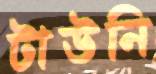
টাউনি